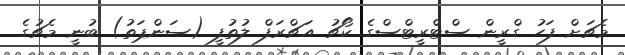
މެޗަށް ފަހު ގްރީން ސްޓްރީޓްސްގެ ކޯޗު އަޗްރަފް ލުތުފީ (ސަންޕަތު) ބުނީ މެޗުގެ